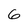
Character: 6